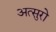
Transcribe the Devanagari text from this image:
अत्सुरो